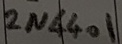
Text: 2N4401